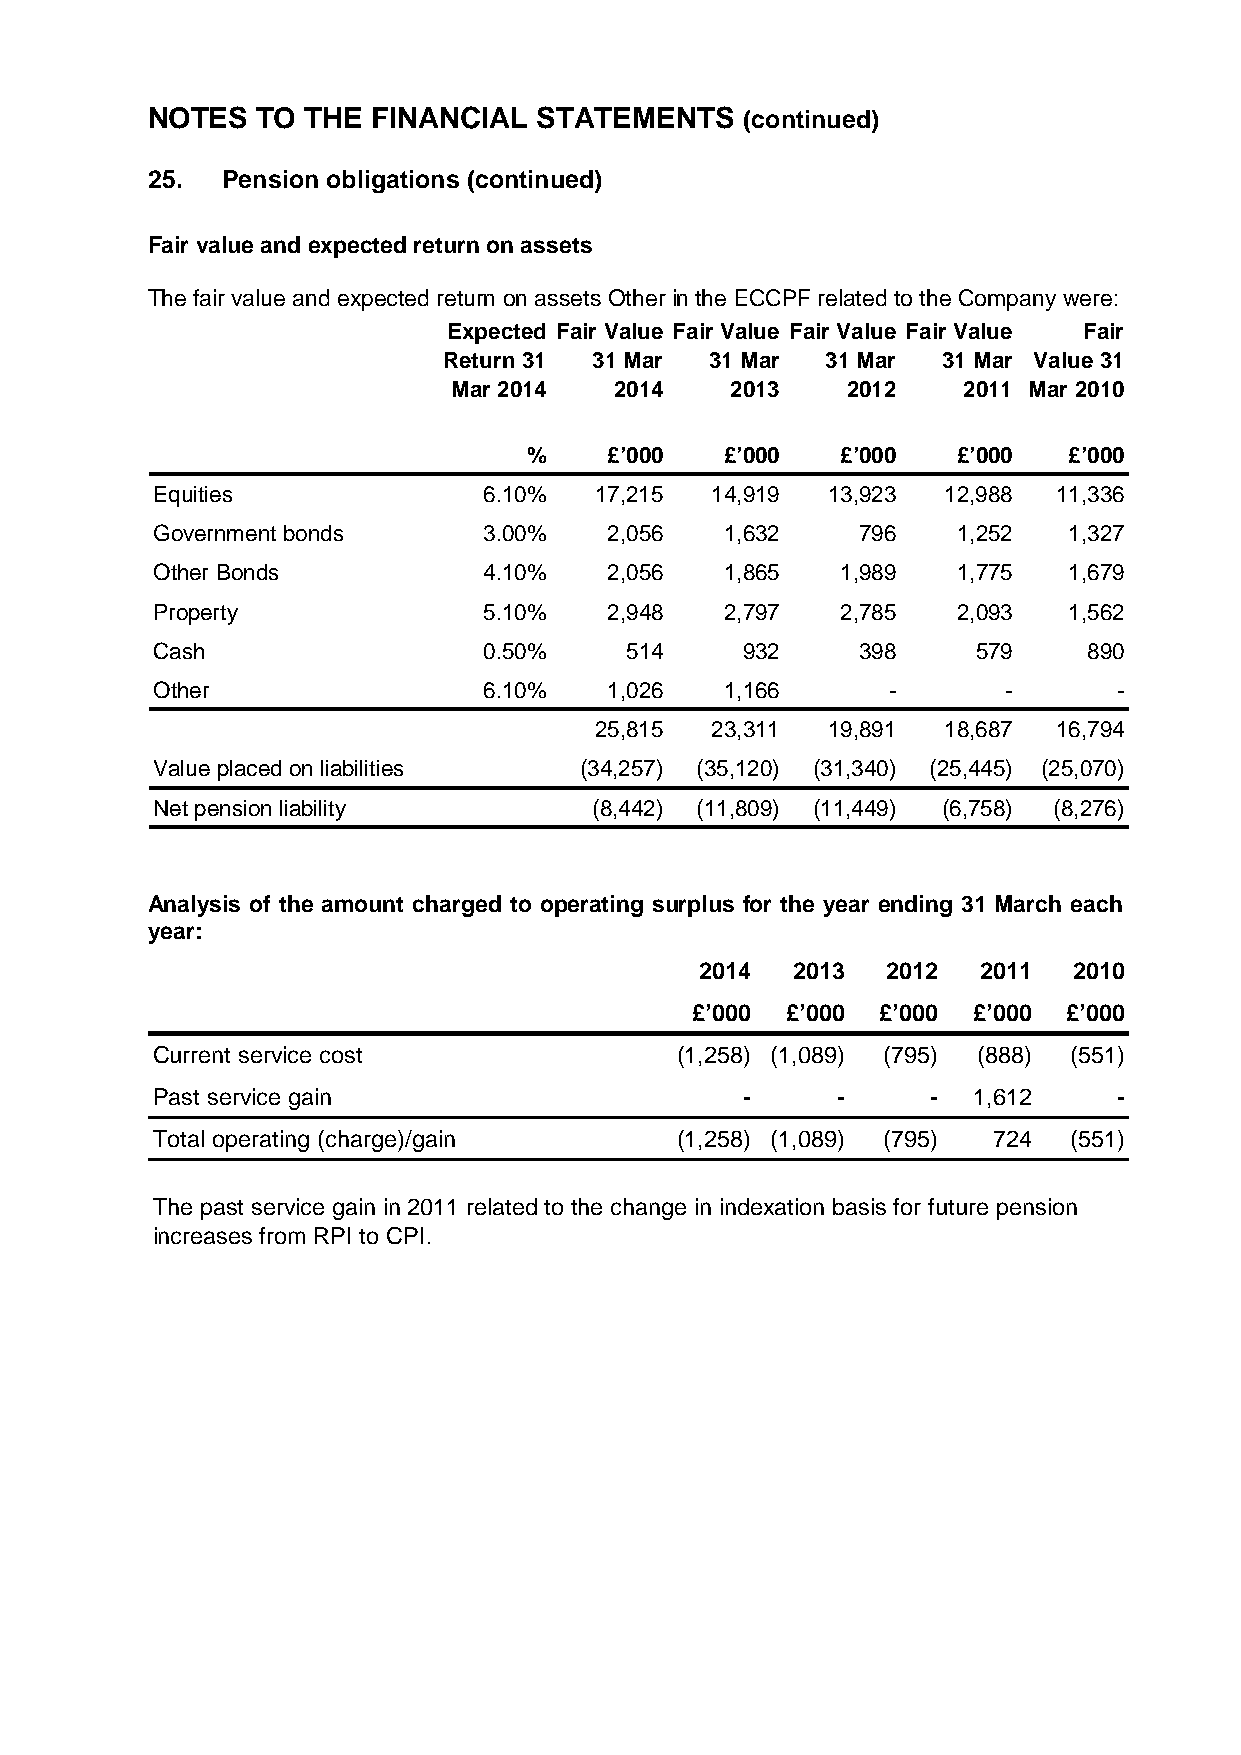
NOTES  TO THE  FINANCIAL  STATEMENTS   (continued)
 25.  Pension obligations (continued)
 Fair value and expected return on assets
 The fair value and expected return on assets Other in the ECCPF related to the Company were:
 Expected Fair Value Fair Value Fair Value Fair Value Fair
 Return 31 31 Mar  31 Mar  31 Mar 31 Mar Value 31
 Mar 2014   2014   2013    2012    2011 Mar 2010
 %    £’000   £’000   £’000  £’000   £’000
 Equities              6.10%  17,215  14,919  13,923 12,988  11,336
 Government bonds      3.00%   2,056   1,632    796   1,252   1,327
 Other Bonds           4.10%   2,056   1,865   1,989  1,775   1,679
 Property              5.10%   2,948   2,797   2,785  2,093   1,562
 Cash                  0.50%    514     932     398     579    890
 Other                 6.10%   1,026   1,166      -       -      -
 25,815  23,311  19,891 18,687  16,794
 Value placed on liabilities (34,257) (35,120) (31,340) (25,445) (25,070)
 Net pension liability        (8,442) (11,809) (11,449) (6,758) (8,276)
 Analysis of the amount charged to operating surplus for the year ending 31 March each
 year:
 2014  2013   2012  2011  2010
 £’000 £’000 £’000 £’000  £’000
 Current service cost               (1,258) (1,089) (795) (888) (551)
 Past service gain                      -     -      - 1,612     -
 Total operating (charge)/gain      (1,258) (1,089) (795) 724 (551)
 The past service gain in 2011 related to the change in indexation basis for future pension
 increases from RPI to CPI.